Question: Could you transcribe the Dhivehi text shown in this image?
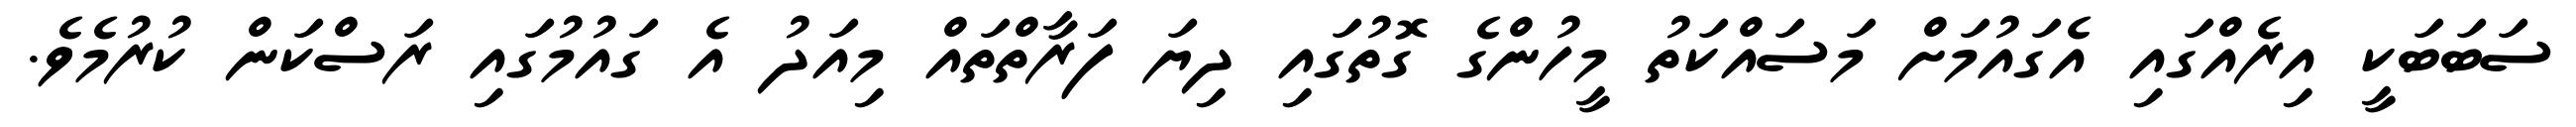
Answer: ސަބަބަކީ އިރެއްގައި އެގައުމަށް މަސައްކަތު މީހުންގެ ގޮތުގައި ދިޔަ ފަރާތްތައް މިއަދު އެ ގައުމުގައި ރަސްކަން ކުރުމެވެ.